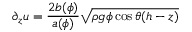
\partial _ { z } u = \frac { 2 b ( \phi ) } { a ( \phi ) } \sqrt { \rho g \phi \cos \theta ( h - z ) }